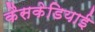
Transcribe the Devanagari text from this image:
कैसकेडियाई